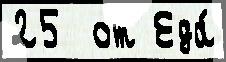
25  от Еда́